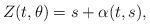
LaTeX: \begin{align*}Z(t, \theta) = s + \alpha(t, s), \end{align*}